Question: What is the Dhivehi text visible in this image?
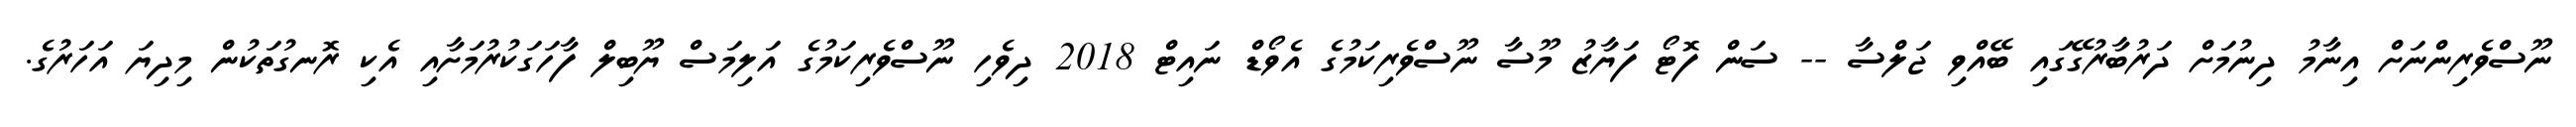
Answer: ނޫސްވެރިންނަށް އިނާމު ދިނުމަށް ދަރުބާރުގޭގައި ބޭއްވި ޖަލްސާ -- ސަން ފޮޓޯ ފަޔާޒު މޫސާ ނޫސްވެރިކަމުގެ އެވޯޑް ނައިޓް 2018 ދިވެހި ނޫސްވެރިކަމުގެ އަލިމަސް ޔޫބިލް ފާހަގަކުރުމަށާއި އެކި ރޮނގުތަކުން މިދިޔަ އަހަރުގެ.